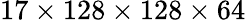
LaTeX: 17\times 128\times 128\times 64